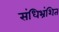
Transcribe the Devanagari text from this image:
संधिभ्रंशित